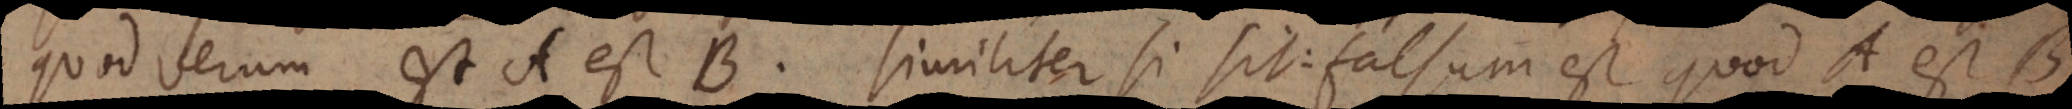
quod verum est A est B. Similiter si sit: falsum est quod A est B